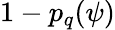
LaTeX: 1-p_{q}(\psi)